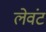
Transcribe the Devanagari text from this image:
लेवंट